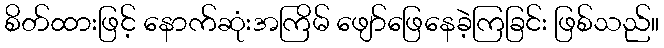
စိတ်ထားဖြင့် နောက်ဆုံးအကြိမ် ဖျော်ဖြေနေခဲ့ကြခြင်း ဖြစ်သည်။